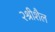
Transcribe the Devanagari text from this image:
२श्रीशैल